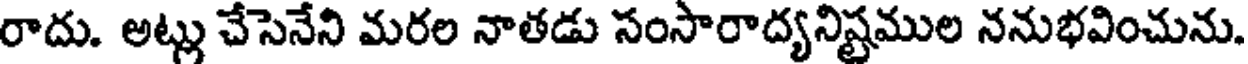
రాదు. అట్లు చేసెనేని మరల నాతడు సంసారాద్యనిష్టముల ననుభవించును.